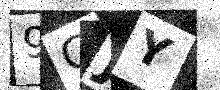
Text: 9GJY